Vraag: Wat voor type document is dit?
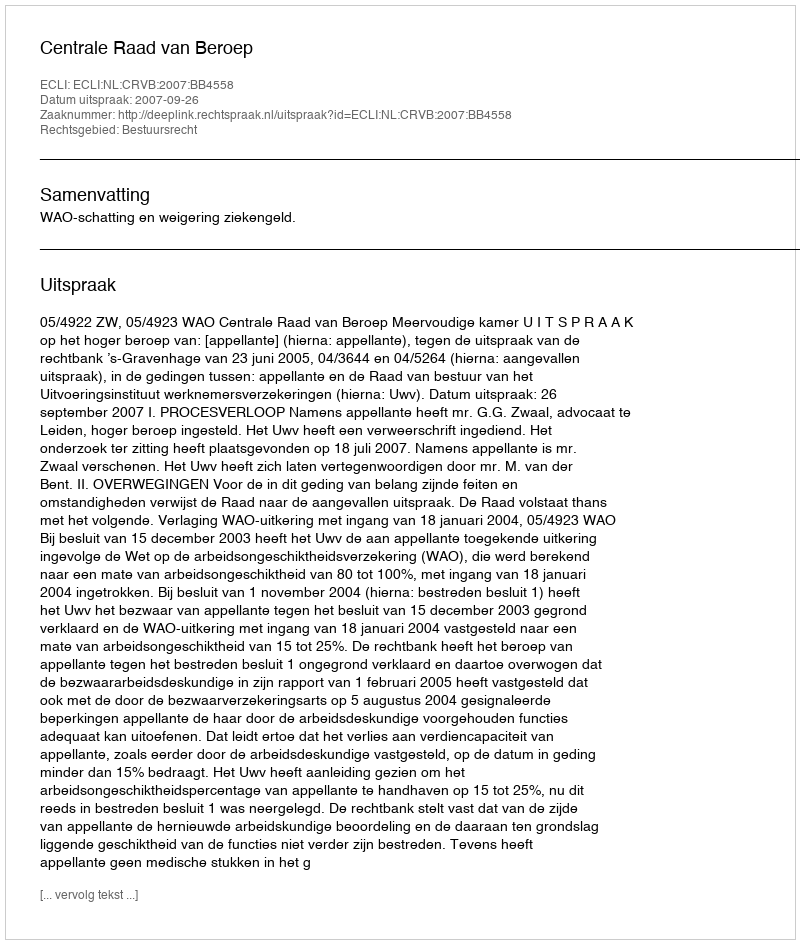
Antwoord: Uitspraak